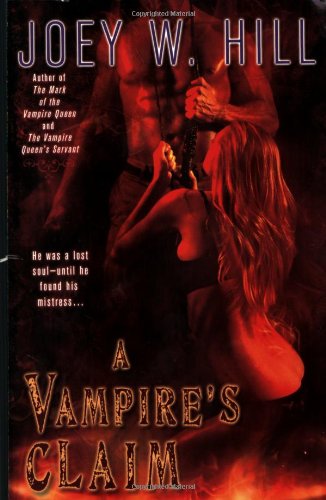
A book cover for A Vampire's Claim (Vampire Queen); Joey W. Hill; Romance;